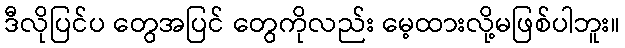
ဒီလိုပြင်ပ တွေအပြင် တွေကိုလည်း မေ့ထားလို့မဖြစ်ပါဘူး။